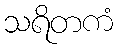
သရိတကံ